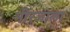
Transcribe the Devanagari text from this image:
नीरजाला